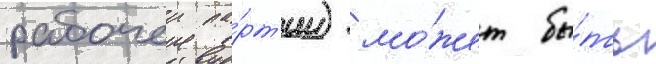
рабочеи па́рт'ии) мо́жет бы́ть